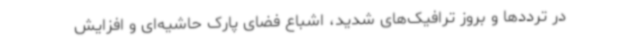
در ترددها و بروز ترافیک‌های شدید، اشباع فضای پارک حاشیه‌ای و افزایش